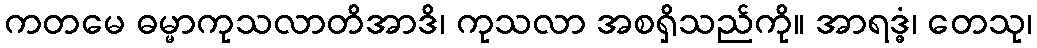
ကတမေ ဓမ္မာကုသလာတိအာဒိ၊ ကုသလာ အစရှိသည်ကို။ အာရဒ္ဓံ၊ တေသု၊